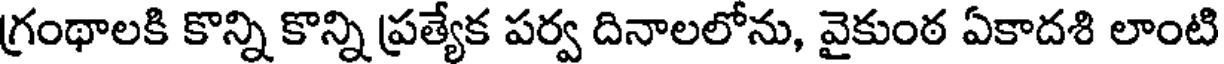
గ్రంథాలకి కొన్ని కొన్ని ప్రత్యేక పర్వ దినాలలోను, వైకుంఠ ఏకాదశి లాంటి